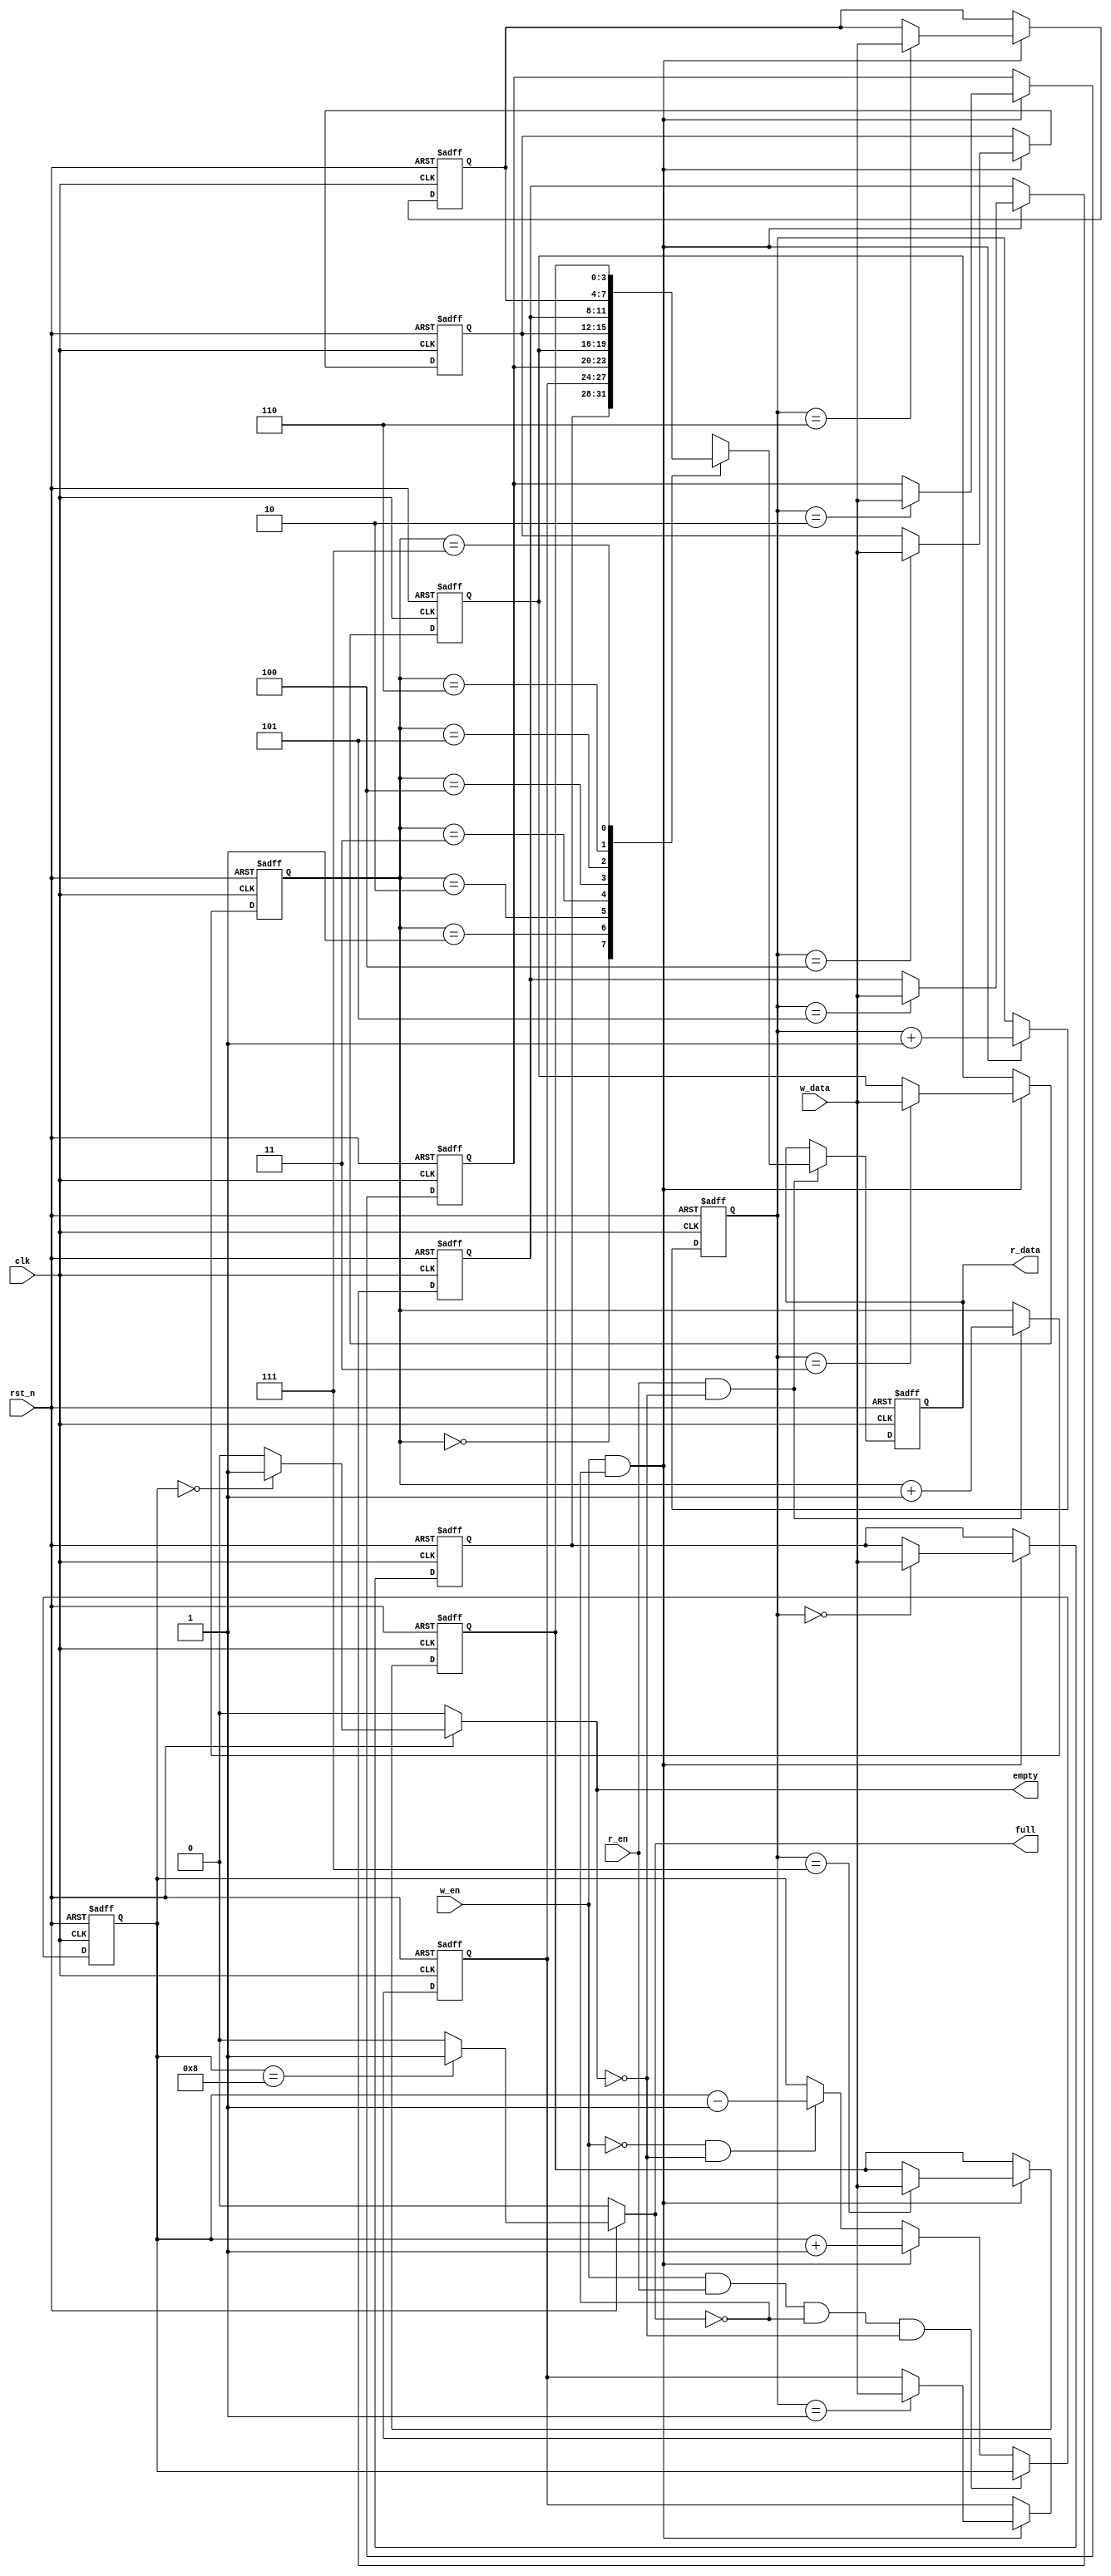
//full,empty
module Sync_FIFO#(
    parameter   DATA_WIDTH = 4,
    parameter   DATA_DEPTH = 8,
    parameter   PTR_WIDTH  = 3
)
(
    input   wire                    clk     ,
    input   wire                    rst_n   ,
    input   wire                    w_en    ,
    input   wire                    r_en    ,
    input   wire[DATA_WIDTH-1:0]    w_data  ,
                                      
    output  reg[DATA_WIDTH-1:0]     r_data  ,
    output  reg                     full    , 
    output  reg                     empty
);

    //
    reg[PTR_WIDTH-1 :0] w_ptr;
    always@(posedge clk or negedge rst_n)begin
        if(!rst_n)
            w_ptr <= 'b0;
        else if(w_en && !full)
            w_ptr <= w_ptr + 1;      
    end

    //
    reg[PTR_WIDTH-1 :0] r_ptr;
    always@(posedge clk or negedge rst_n)begin
        if(!rst_n)
            r_ptr <= 'b0;
        else if(r_en && !empty)
            r_ptr <= r_ptr + 1;
    end

    //
    reg[PTR_WIDTH   :0] elem_cnt;
    always@(posedge clk or negedge rst_n)begin
        if(!rst_n)
            elem_cnt <= 'b0;
        else if(w_en && r_en && !full && !empty)
            elem_cnt <= elem_cnt;
        else if(w_en && !full)
            elem_cnt <= elem_cnt + 1;
        else if(!w_en && !empty)
            elem_cnt <= elem_cnt - 1;
    end

    //
    always@(*)begin
        if(!rst_n)
            full = 1'b0;
        else if(elem_cnt == 4'd8)
            full = 1'b1;
        else
            full = 1'b0;
    end
    always@(*)begin
        if(!rst_n)
            empty = 1'b0;
        else if(elem_cnt == 4'b0)
            empty = 1'b1;
        else
            empty = 1'b0;
    end

    //ram
    reg[DATA_WIDTH-1:0] mem_array[0:DATA_DEPTH-1];
    integer i;
    always@(posedge clk or negedge rst_n)begin
        if(!rst_n)begin
            for(i = 0; i < DATA_DEPTH; i = i + 1)begin:init_mem_array
                mem_array[i] <= 4'b0;
            end
        end
        else if(w_en && !full)
            mem_array[w_ptr] <= w_data;
    end

    //
    always@(posedge clk or negedge rst_n)begin
        if(!rst_n)
            r_data <= 4'b0;
        else if(r_en && !empty)
            r_data <= mem_array[r_ptr];
    end

endmodule



//full,empty
module Sync_FIFO2#(
    parameter   DATA_WIDTH = 4,
    parameter   DATA_DEPTH = 8,
    parameter   PTR_WIDTH  = 4      //
)
(
    input   wire                    clk     ,
    input   wire                    rst_n   ,
    input   wire                    w_en    ,
    input   wire                    r_en    ,
    input   wire[DATA_WIDTH-1:0]    w_data  ,
                                      
    output  reg[DATA_WIDTH-1:0]     r_data  ,
    output  wire                    full    , 
    output  wire                    empty
);

    //
    reg[PTR_WIDTH-1:0]  w_ptr;
    always @(posedge clk or negedge rst_n) begin
        if (!rst_n) begin
            w_ptr<='b0;
        end
        else if (w_en&&!full) begin
            w_ptr<=w_ptr+1;
        end
    end

    //ram
    reg[DATA_WIDTH-1:0] mem_array[DATA_DEPTH-1:0];
    integer i;
    always @(posedge clk or negedge rst_n) begin
        if(!rst_n)begin
            for(i=0;i<DATA_DEPTH;i=i+1)begin:init_mem_array
                mem_array[i]<='b0;
            end
        end
        else if(w_en&&!full) begin
            mem_array[w_ptr[PTR_WIDTH-2:0]]<=w_data;
        end
    end

    //
    reg[PTR_WIDTH-1:0]  r_ptr;
    always @(posedge clk or negedge rst_n) begin
        if (!rst_n) begin
            r_ptr<='b0;
        end
        else if (r_en&&!empty) begin
            r_ptr<=r_ptr+1;
        end  
    end

    //
    always @(posedge clk or negedge rst_n) begin
        if (!rst_n) begin
            r_data<='b0;
        end
        else if (r_en&&!empty) begin
            r_data<=mem_array[r_ptr[PTR_WIDTH-2:0]];
        end
    end

    //empty
    assign empty=(w_ptr==r_ptr)?1'b1:1'b0;

    //full
    assign full=(w_ptr[PTR_WIDTH-1]!=r_ptr[PTR_WIDTH-1]&&w_ptr[PTR_WIDTH-2:0]==r_ptr[PTR_WIDTH-2:0])?1'b1:1'b0;

endmodule